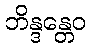
ဘိန္ဒန္တေဝ